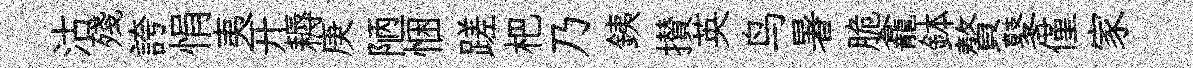
沽殘誇悁夷开耨庚陋悃蹉杷乃銕攅英鸟暑脆龕鉢贅鼕僅家